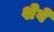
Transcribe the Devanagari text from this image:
शेवें